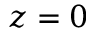
z = 0